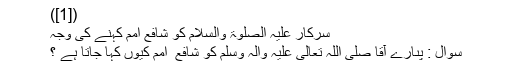
([1])
سرکار عَلَیْہِ الصَّلٰوۃُ وَالسَّلَام کو شافعِ اُمَم کہنے کی وجہ
سُوال : پىارے آقا صَلَّی اللّٰہُ تَعَالٰی عَلَیْہِ وَاٰلہٖ وَسَلَّم کو شافع ِ اُمَم کیوں کہا جاتا ہے ؟